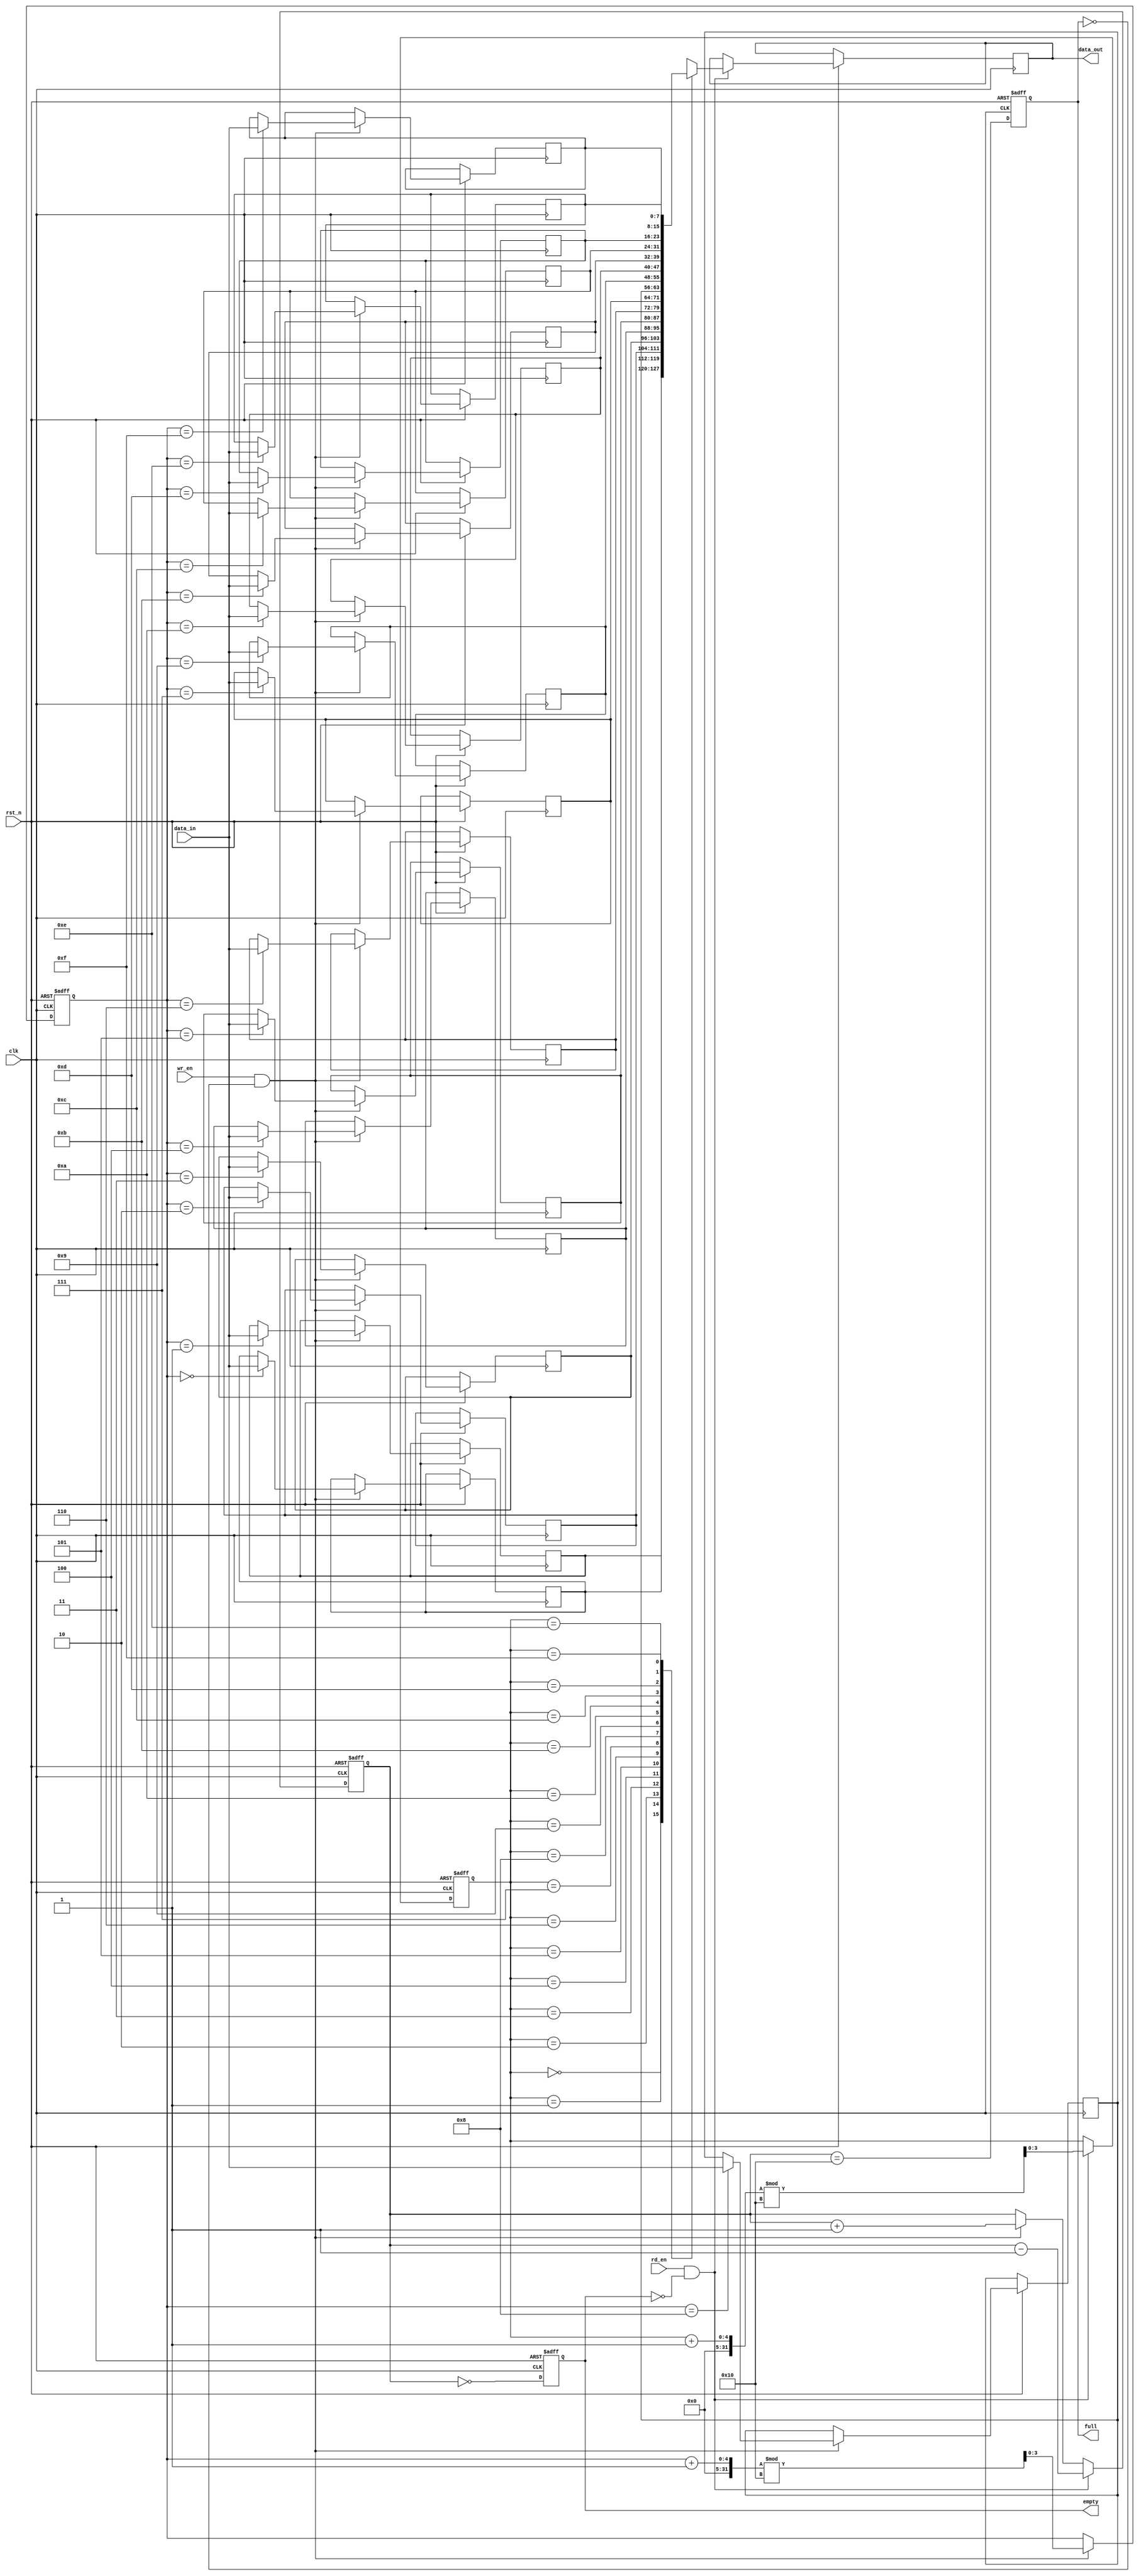
module fifo_sram #(
    parameter DATA_WIDTH = 8,  // Width of each data entry
    parameter DEPTH = 16        // Number of entries in the FIFO
)(
    input wire clk,             // Clock signal
    input wire rst_n,           // Active low reset
    input wire wr_en,           // Write enable
    input wire rd_en,           // Read enable
    input wire [DATA_WIDTH-1:0] data_in, // Data input
    output reg [DATA_WIDTH-1:0] data_out, // Data output
    output reg full,            // Full flag
    output reg empty            // Empty flag
);

    // Internal memory array
    reg [DATA_WIDTH-1:0] mem [0:DEPTH-1];
    
    // Pointers for read and write operations
    reg [$clog2(DEPTH)-1:0] wr_ptr;
    reg [$clog2(DEPTH)-1:0] rd_ptr;
    
    // FIFO status
    reg [DEPTH:0] count; // To track the number of entries in the FIFO

    // Asynchronous reset
    always @(posedge clk or negedge rst_n) begin
        if (!rst_n) begin
            wr_ptr <= 0;
            rd_ptr <= 0;
            count <= 0;
            full <= 0;
            empty <= 1;
        end else begin
            // Write operation
            if (wr_en && !full) begin
                mem[wr_ptr] <= data_in;
                wr_ptr <= (wr_ptr + 1) % DEPTH;
                count <= count + 1;
            end
            
            // Read operation
            if (rd_en && !empty) begin
                data_out <= mem[rd_ptr];
                rd_ptr <= (rd_ptr + 1) % DEPTH;
                count <= count - 1;
            end
            
            // Update full and empty flags
            full <= (count == DEPTH);
            empty <= (count == 0);
        end
    end

endmodule